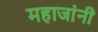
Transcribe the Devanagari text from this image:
महाजांनी